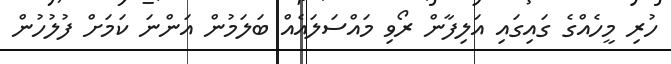
ހުރި މީހެއްގެ ގައިގައި އަލިފާން ރޯވި މައްސަލައެއް ބަލަމުން އަންނަ ކަމަށް ފުލުހުން